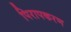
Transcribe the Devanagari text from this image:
पिरापकरण